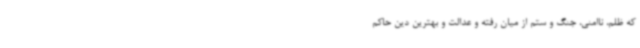
که ظلم، ناامنی، جنگ و ستم از میان رفته و عدالت و بهترین دین حاکم